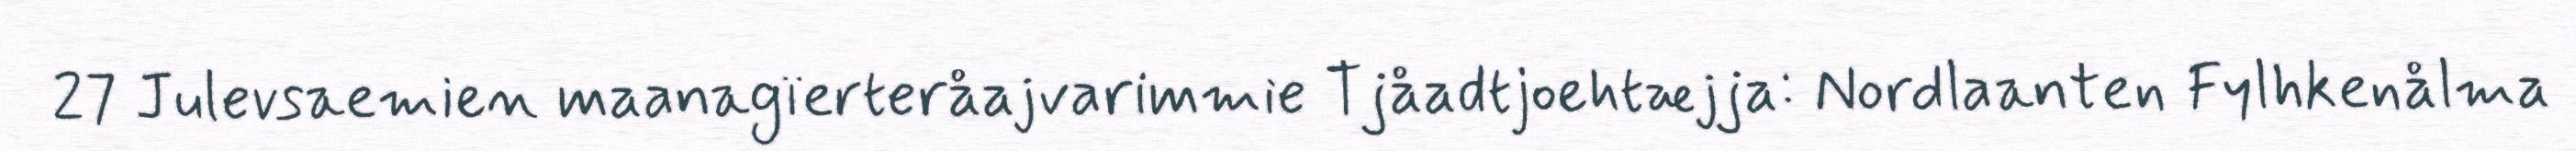
27 Julevsaemien maanagïerteråajvarimmie Tjåadtjoehtæjja: Nordlaanten Fylhkenålma